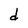
Character: d